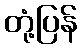
တုံ့ပြန်